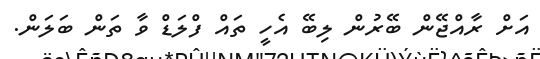
އަށް ރާއްޖޭން ބޭރުން ލިބޭ އެހީ ތައް ފްލަޑް ވާ ތަން ބަލަން.